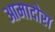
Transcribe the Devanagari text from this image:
आमादोरा